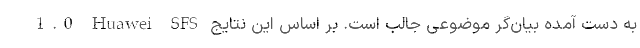
1.0 Huawei SFS به دست آمده بیان‌گر موضوعی جالب است. بر اساس این نتایج